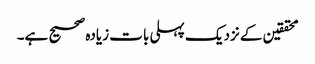
محققین کے نزدیک پہلی بات زیادہ صحیح ہے۔